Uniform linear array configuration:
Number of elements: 32
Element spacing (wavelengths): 0.5
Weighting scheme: hann
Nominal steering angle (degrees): -30
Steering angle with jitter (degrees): -30.185
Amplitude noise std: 0.05
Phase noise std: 0.05

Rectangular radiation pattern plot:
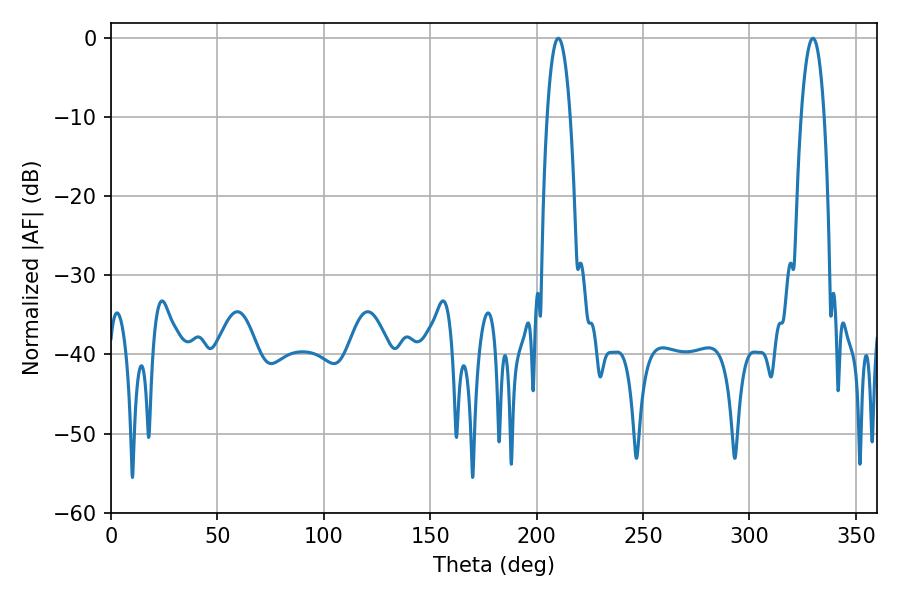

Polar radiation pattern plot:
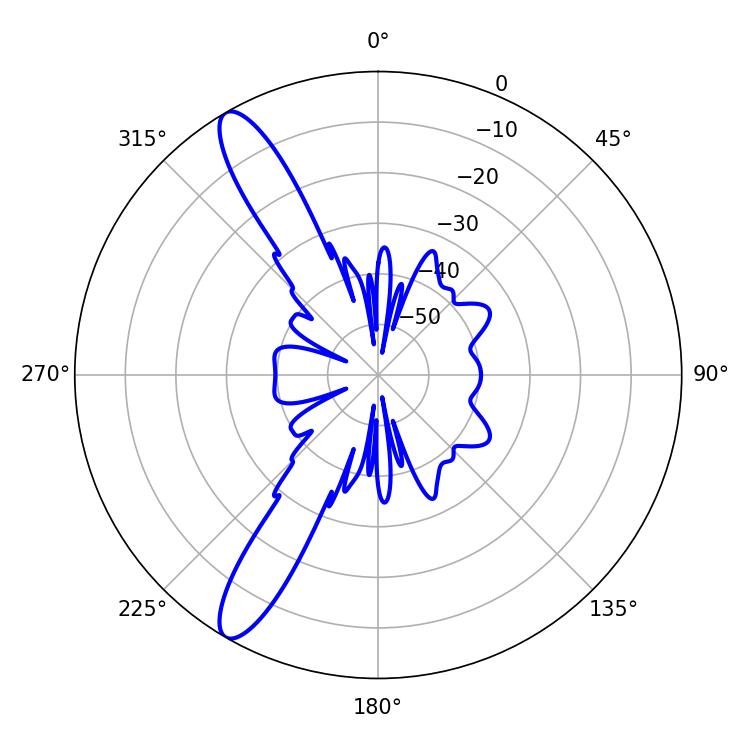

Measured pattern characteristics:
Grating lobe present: FALSE
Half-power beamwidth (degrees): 6.12
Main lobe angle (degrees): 210.24